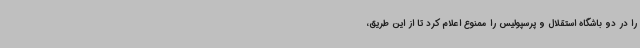
را در دو باشگاه استقلال و پرسپولیس را ممنوع اعلام کرد تا از این طریق،